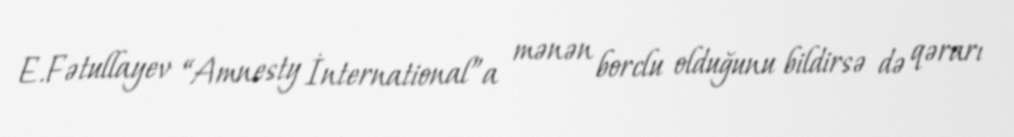
E.Fətullayev “Amnesty İnternational”a mənən borclu olduğunu bildirsə də qərarı